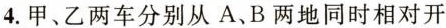
4.甲、乙两车分别从A、B两地同时相对开